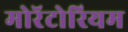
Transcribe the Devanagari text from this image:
मोरॅटोरियम